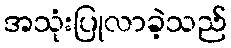
အသုံးပြုလာခဲ့သည်